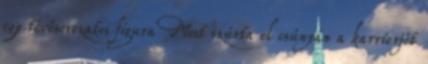
egy tévésorozatos figura Most szúrta el csúnyán a karrierjét